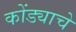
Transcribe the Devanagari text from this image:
कोंड्याचे